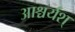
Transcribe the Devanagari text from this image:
आश्चर्यश्